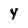
Character: Y